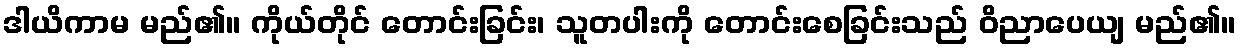
ဒါယိကာမ မည်၏။ ကိုယ်တိုင် တောင်းခြင်း၊ သူတပါးကို တောင်းစေခြင်းသည် ဝိညာပေယျ မည်၏။